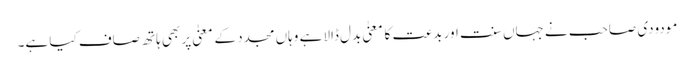
مودودی صاحب نے جہاں سنت اور بدعت کا معنیٰ بدل ڈالا ہے وہاں مجدد کے معنیٰ پر بھی ہاتھ صاف کیا ہے۔